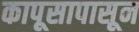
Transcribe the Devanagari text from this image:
कापूसापासून